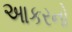
આકરનો